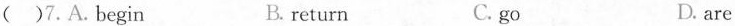
( )7.A.Begin B. return C. go D. are